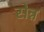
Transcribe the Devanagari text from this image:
सेन्न